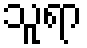
သူရာ